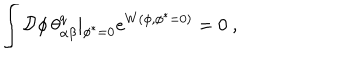
LaTeX: \int { \cal D } \phi \, \theta _ { \alpha \beta } ^ { q } | _ { \phi ^ { * } = 0 } e ^ { W ( \phi , \phi ^ { * } = 0 ) } = 0 \ ,